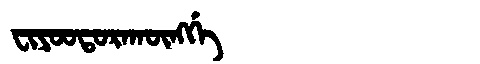
Manchu: ᠸᡳᠶᠣᠣᡨᠣᡵᠠᡴᡡᠩᡤᡝ
Romanization: FIYOOTORAKŪNGGE